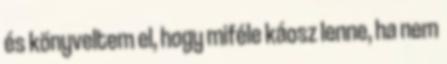
és könyveltem el, hogy miféle káosz lenne, ha nem